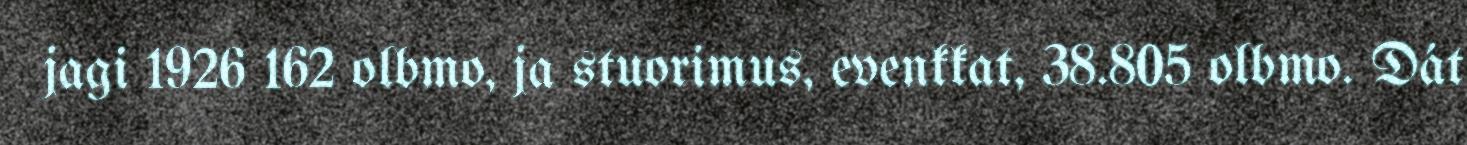
jagi 1926 162 olbmo, ja stuorimus, evenkkat, 38.805 olbmo. Dát